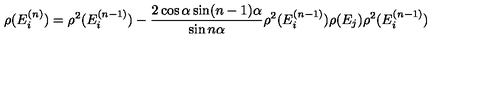
\rho ( E _ { i } ^ { ( n ) } ) = \rho ^ { 2 } ( E _ { i } ^ { ( n - 1 ) } ) - \frac { 2 \cos \alpha \sin ( n - 1 ) \alpha } { \sin n \alpha } \rho ^ { 2 } ( E _ { i } ^ { ( n - 1 ) } ) \rho ( E _ { j } ) \rho ^ { 2 } ( E _ { i } ^ { ( n - 1 ) } )